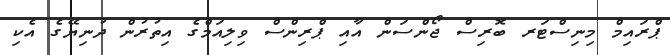
ޕްރައިމް މިނިސްޓަރ ބޮރިސް ޖޯންސަން އާއި ޕްރިންސް ވިލިއަމްގެ އިތުރުން ދުނިޔޭގެ އެކި